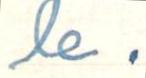
le.